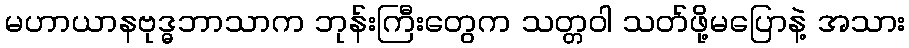
မဟာယာနဗုဒ္ဓဘာသာက ဘုန်းကြီးတွေက သတ္တဝါ သတ်ဖို့မပြောနဲ့ အသား